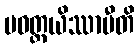
ပဝတ္တယိဿာမီတိ